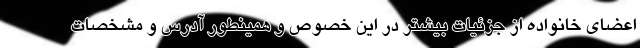
اعضای خانواده از جزئيات بیشتر در این خصوص و همینطور آدرس و مشخصات